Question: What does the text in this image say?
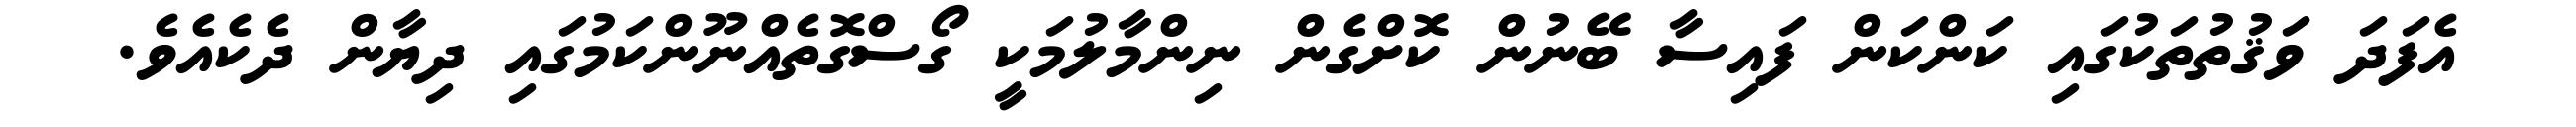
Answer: އެފަދަ ވަޤުތުތަކުގައި ކަންކަން ފައިސާ ބޭނުން ކޮށްގެން ނިންމާލުމަކީ ގޯސްގޮތެއްނޫންކަމުގައި ދިޔާން ދެކެއެވެ.